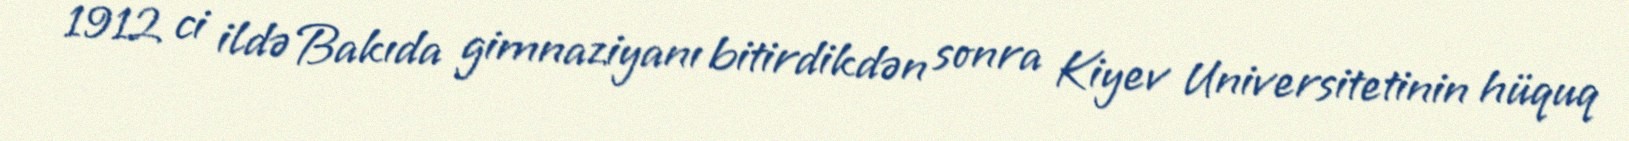
1912 ci ildə Bakıda gimnaziyanı bitirdikdən sonra Kiyev Universitetinin hüquq